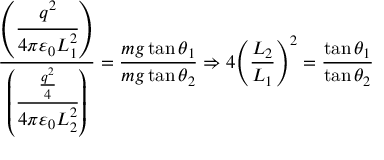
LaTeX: { \frac { \left( { \cfrac { q ^ { 2 } } { 4 \pi \varepsilon _ { 0 } L _ { 1 } ^ { 2 } } } \right) } { \left( { \cfrac { \frac { q ^ { 2 } } { 4 } } { 4 \pi \varepsilon _ { 0 } L _ { 2 } ^ { 2 } } } \right) } } = { \frac { m g \tan \theta _ { 1 } } { m g \tan \theta _ { 2 } } } \Rightarrow 4 { \left( { \frac { L _ { 2 } } { L _ { 1 } } } \right) } ^ { 2 } = { \frac { \tan \theta _ { 1 } } { \tan \theta _ { 2 } } }